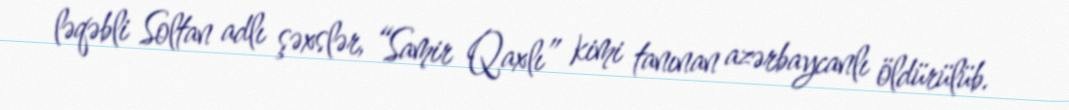
ləqəbli Soltan adlı şəxslər, “Samir Qaxlı” kimi tanınan azərbaycanlı öldürülüb.